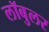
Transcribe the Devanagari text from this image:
लॉबुलर